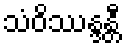
သံဝိဿန္ဒန္တီ